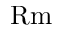
\mathrm { R m }